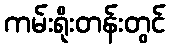
ကမ်းရိုးတန်းတွင်